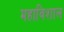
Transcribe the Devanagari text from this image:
महाविशाल